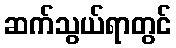
ဆက်သွယ်ရာတွင်